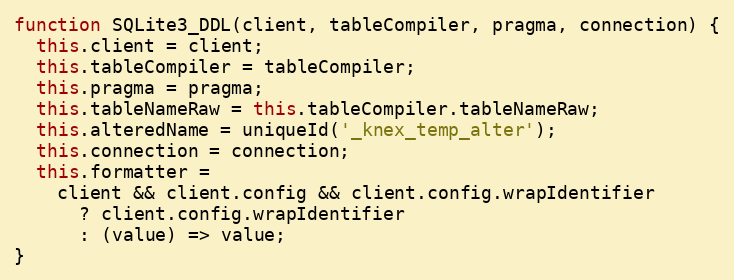
Language: JavaScript
function SQLite3_DDL(client, tableCompiler, pragma, connection) {
  this.client = client;
  this.tableCompiler = tableCompiler;
  this.pragma = pragma;
  this.tableNameRaw = this.tableCompiler.tableNameRaw;
  this.alteredName = uniqueId('_knex_temp_alter');
  this.connection = connection;
  this.formatter =
    client && client.config && client.config.wrapIdentifier
      ? client.config.wrapIdentifier
      : (value) => value;
}